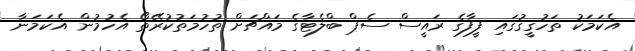
އެކަމަކު ތަހުގީގުގައި ފީފާގެ ރައީސް ސެޕް ބްލެޓާގެ މައްޗަށް ތުހުމަތުކުރޭތޯ އެހުމުން އެކަމަނާ